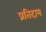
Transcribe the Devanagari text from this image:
प्रतिदाय